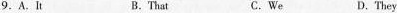
9.A.It B.That C.We D.They